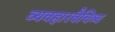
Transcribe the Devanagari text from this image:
व्यवहारवैचित्र्य